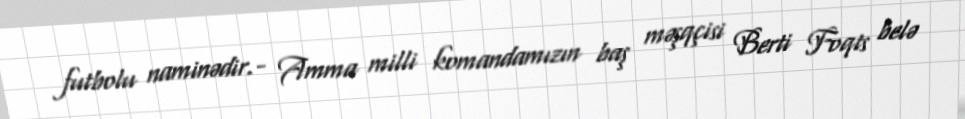
futbolu naminədir.- Amma milli komandamızın baş məşqçisi Berti Foqts belə